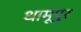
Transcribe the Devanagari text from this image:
धामूपुर